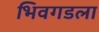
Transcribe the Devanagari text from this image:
भिवगडला